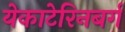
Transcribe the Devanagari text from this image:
येकाटेरिनबर्ग